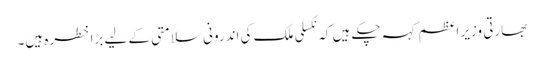
بھارتی وزیر اعظم کہہ چکے ہیں کہ نکسلی ملک کی اندرونی سلامتی کے لیے بڑا خطرہ ہیں۔